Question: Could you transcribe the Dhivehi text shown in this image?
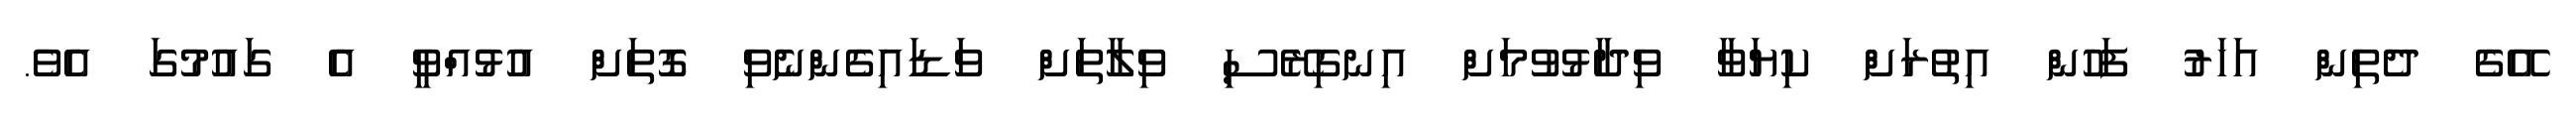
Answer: އޭގެ ދެތިން އަހަރު ފަހުން އިތުރަށް ކިޔަވާ ވިދާޅުވުމަށް އިނގިރޭސި ވިލާތަށް ވަޑައިގެންނެވި ގޮތަށް އުޅުއްވީ އެ ގައުމުގަ އެވެ.